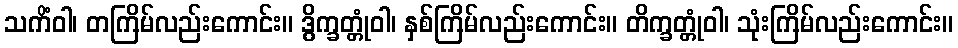
သကိံဝါ၊ တကြိမ်လည်းကောင်း။ ဒွိက္ခတ္တုံဝါ၊ နှစ်ကြိမ်လည်းကောင်း။ တိက္ခတ္တုံဝါ၊ သုံးကြိမ်လည်းကောင်း။